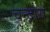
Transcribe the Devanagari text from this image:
चन्द्राय